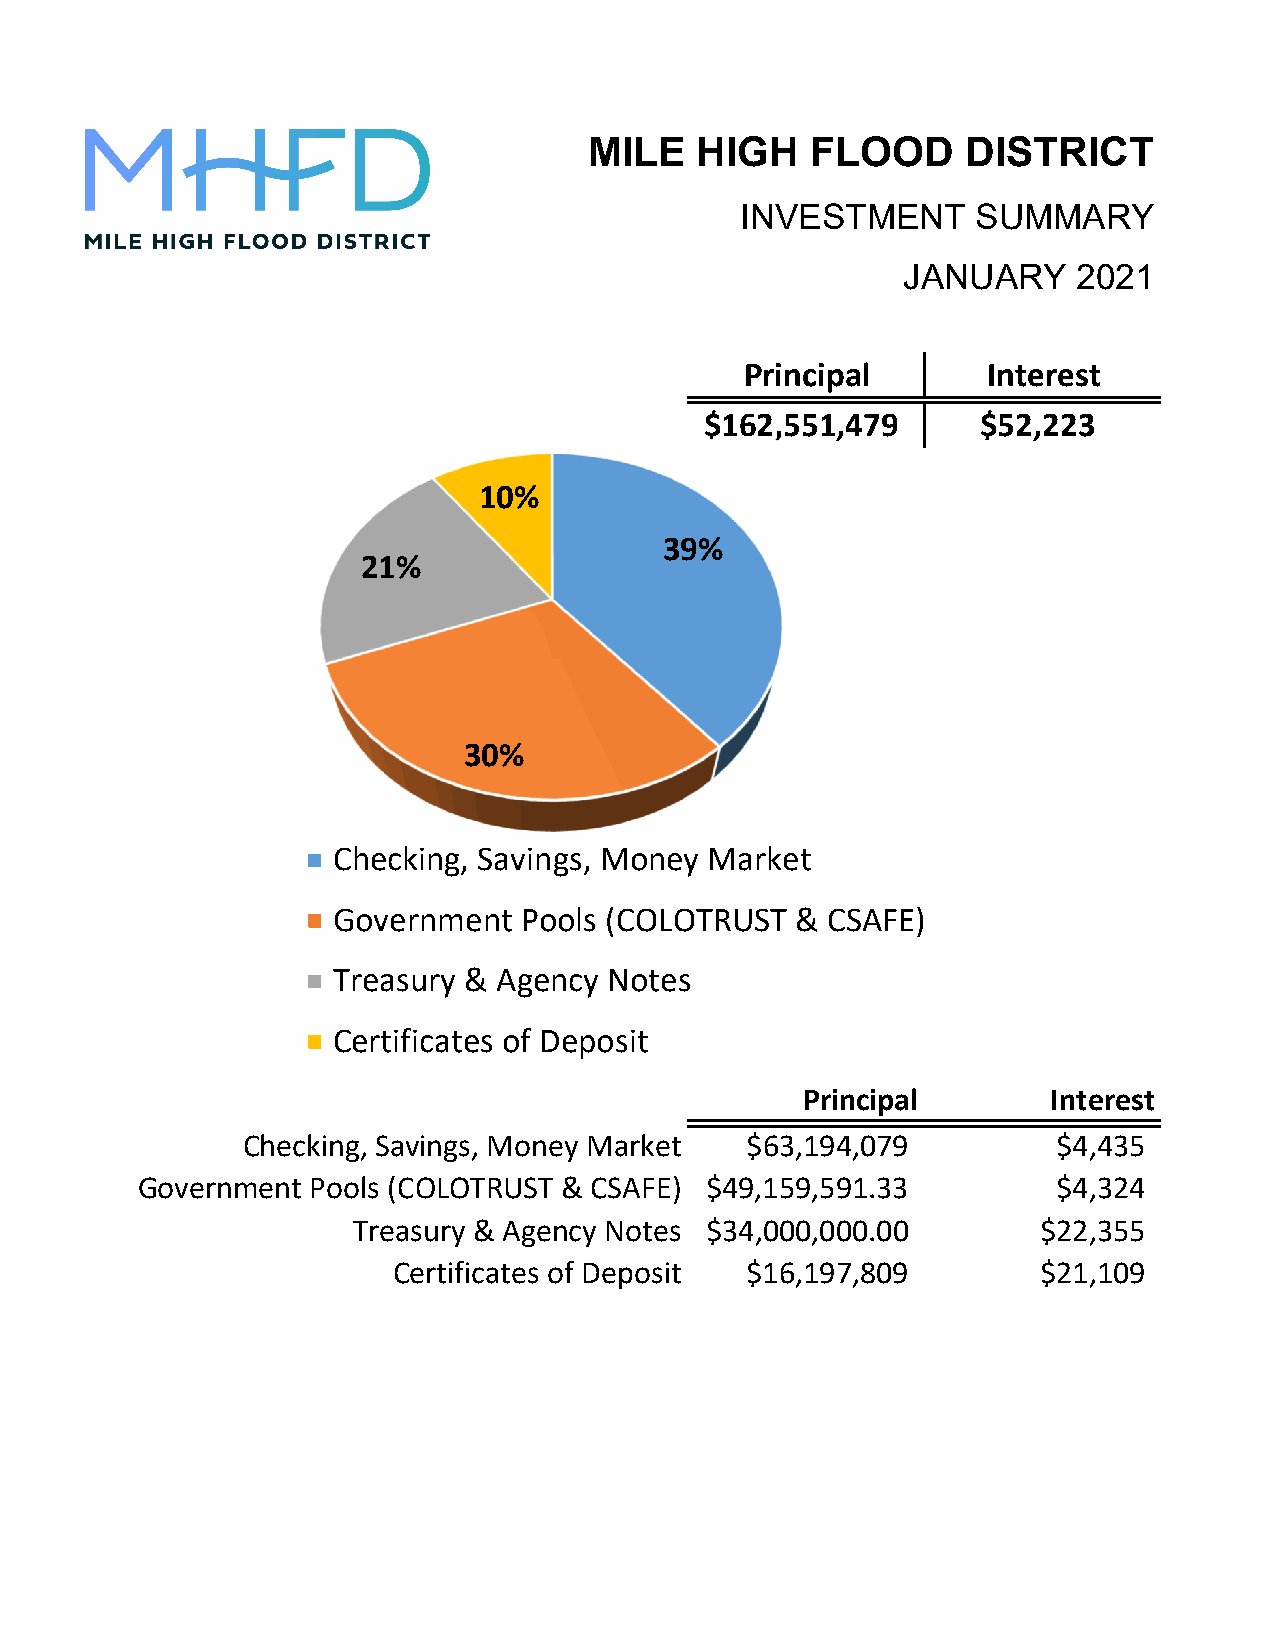
MILE   HIGH    FLOOD     DISTRICT
 INVESTMENT      SUMMARY
 JANUARY    2021
 Principal       Interest
 $162,551,479      $52,223
 10%
 39%
 21%
 30%
 Checking, Savings, Money Market
 Government  Pools (COLOTRUST   & CSAFE)
 Treasury & Agency Notes
 Certificates of Deposit
 Principal        Interest
 Checking, Savings, Money Market  $63,194,079          $4,435
 Government  Pools (COLOTRUST & CSAFE) $49,159,591.33         $4,324
 Treasury & Agency Notes $34,000,000.00        $22,355
 Certificates of Deposit $16,197,809        $21,109